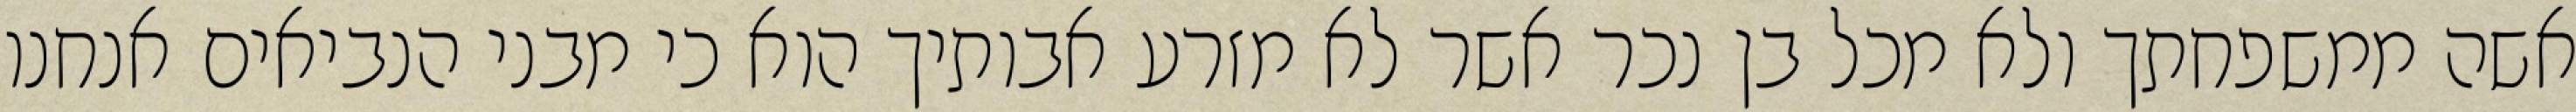
אשה ממשפחתך ולא מכל בן נכר אשר לא מזרע אבותיך הוא כי מבני הנביאים אנחנו